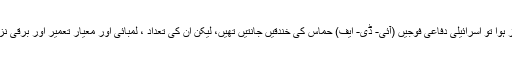
جب 8 جولائی کو دشمنیوں کا آغاز ہوا تو اسرائیلی دفاعی فوجیں (آئی- ڈی- ایف) حماس کی خندقیں جانتیں تھیں، لیکن ان کی تعداد ، لمبائی اور معیار تعمیر اور برقی نزاکت کا پتہ کرنے میں ناکام رہے۔